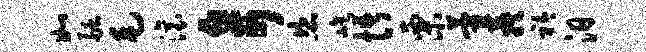
如融毛滚奇恣屹悟栗藿蔟衿汨